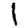
Digit: 1